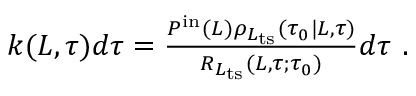
\begin{array} { r } { k ( L , \tau ) d \tau = \frac { P ^ { \mathrm { i n } } ( L ) \rho _ { L _ { \mathrm { t s } } } ( \tau _ { 0 } | L , \tau ) } { R _ { L _ { \mathrm { t s } } } ( L , \tau ; \tau _ { 0 } ) } d \tau \ . } \end{array}